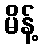
မိန့်